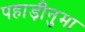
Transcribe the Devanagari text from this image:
पहाड़ीनुमा